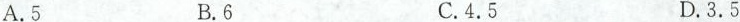
A.5 B.6 C.4.5 D.3.5